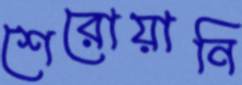
শেরোয়ানি